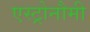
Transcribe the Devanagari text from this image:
एस्ट्रोनौमी